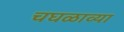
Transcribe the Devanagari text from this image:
चघळाव्या